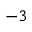
^ { - 3 }